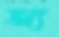
অ্য